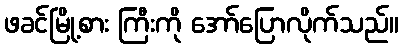
ဖခင်မြို့စား ကြီးကို အော်ပြောလိုက်သည်။